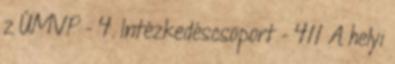
z ÚMVP - 4. Intézkedéscsoport - 411 A helyi